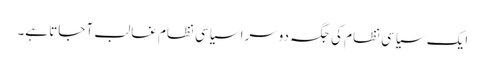
ایک سیاسی نظام کی جگہ دوسرا سیاسی نظام غالب آ جاتا ہے۔